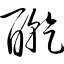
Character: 酐